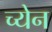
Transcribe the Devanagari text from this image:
च्येन